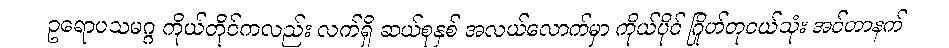
ဥရောပသမဂ္ဂ ကိုယ်တိုင်ကလည်း လက်ရှိ ဆယ်စုနှစ် အလယ်လောက်မှာ ကိုယ်ပိုင် ဂြိုဟ်တုငယ်သုံး အင်တာနက်